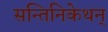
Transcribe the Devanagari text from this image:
सन्तिनिकेथन्